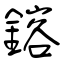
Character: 鎔